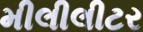
મીલીલીટર